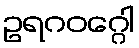
ဥရဂဝဂ္ဂေါ